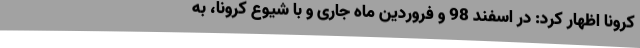
کرونا اظهار کرد: در اسفند 98 و فروردین ماه جاری و با شیوع کرونا، به